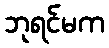
ဘုရင်မက